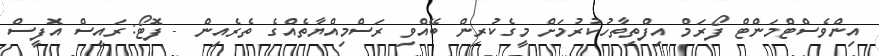
އިންވެސްޓްމަންޓް ފޯރަމް އިފްތިތާހުކުރުމަށް މީގެކުރިން ބޭއްވި ރަސްމިއްޔާތެއްގެ ތެރެއިން - ފޮޓޯ:ރައީސް އޮފީސް